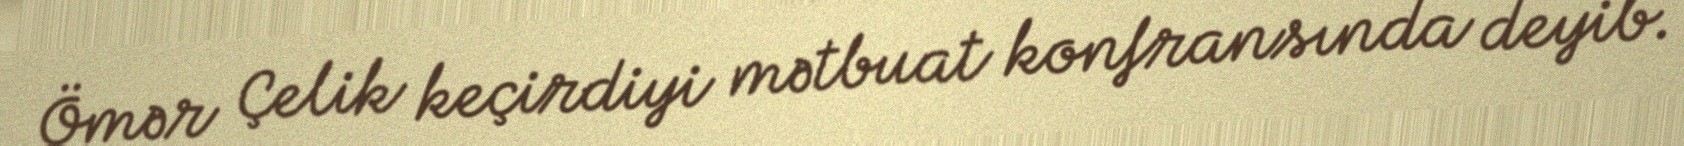
Ömər Çelik keçirdiyi mətbuat konfransında deyib.